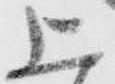
上